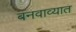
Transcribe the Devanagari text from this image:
बनवाव्यात